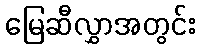
မြေဆီလွှာအတွင်း